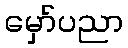
မှော်ပညာ